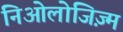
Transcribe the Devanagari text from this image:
निओलोजिज़्म